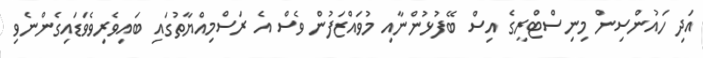
އަދި ހައުންސިން މިނިސްޓްރީގެ އިސް ބޭފުޅުންނާއި މުވައްޒަފުން ވެސް އެ ރަސްމިއްޔާތުގައި ބައިވެރިވެވަޑައިގެންނެވި